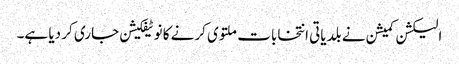
الیکشن کمیشن نے بلدیاتی انتخابات ملتوی کرنے کا نوٹیفکیشن جاری کر دیا ہے۔